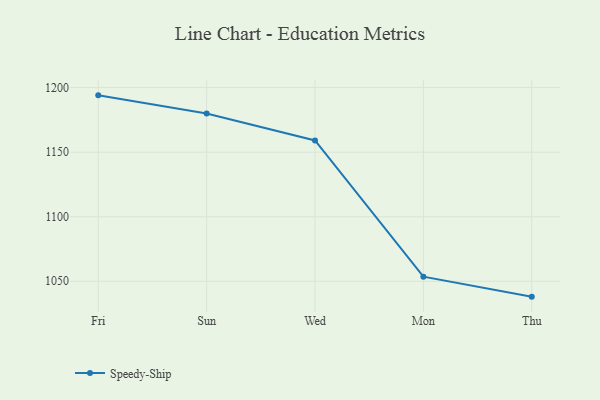
{"axis": {"x": "Day", "y": "Population (Million)"}, "legend": ["Speedy-Ship"], "data": [{"x": "Fri", "y": 1194.0, "type": "Speedy-Ship"}, {"x": "Sun", "y": 1179.9, "type": "Speedy-Ship"}, {"x": "Wed", "y": 1159.1, "type": "Speedy-Ship"}, {"x": "Mon", "y": 1053.6, "type": "Speedy-Ship"}, {"x": "Thu", "y": 1038.1, "type": "Speedy-Ship"}]}